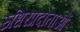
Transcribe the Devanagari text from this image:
रुधिरप्रदाताओं